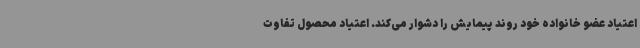
اعتیاد عضو خانواده خود روند پیمایش را دشوار می‌کند. اعتیاد محصول تفاوت